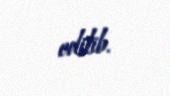
edilib.